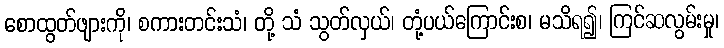
စောထွတ်ဖျားကို၊ စကားတင်းသံ၊ တို့ သံ သွတ်လှယ်၊ တုံ့ပယ်ကြောင်းစ၊ မသိရ၍၊ ကြင်ဆလွမ်းမှု၊